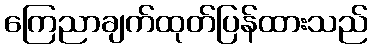
ကြေညာချက်ထုတ်ပြန်ထားသည်